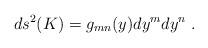
LaTeX: \begin{align*} ds^2(K) = g_{mn}(y) dy^m dy^n~.\end{align*}